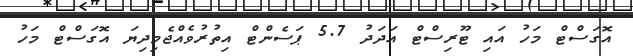
އޮގަސްޓް މަހު އައި ޓޫރިސްޓް އަދަދު 5.7 ޕަސެންޓް އިތުރުވެއްޖެމިދިޔަ އޮގަސްޓް މަހު